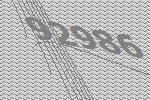
92986